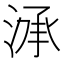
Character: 㴍